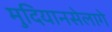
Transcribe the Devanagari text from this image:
मुदियानसेलागे